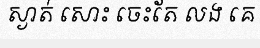
ស្ងាត់ សោះ ចេះតែ លង គេ